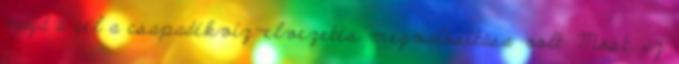
majd a cél a csapadékvíz-elvezetés megvalósítása volt. Most, az